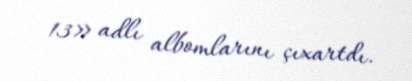
13» adlı albomlarını çıxartdı.